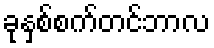
ခုနှစ်စက်တင်ဘာလ